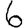
Digit: 6